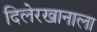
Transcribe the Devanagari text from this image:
दिलेरखानाला